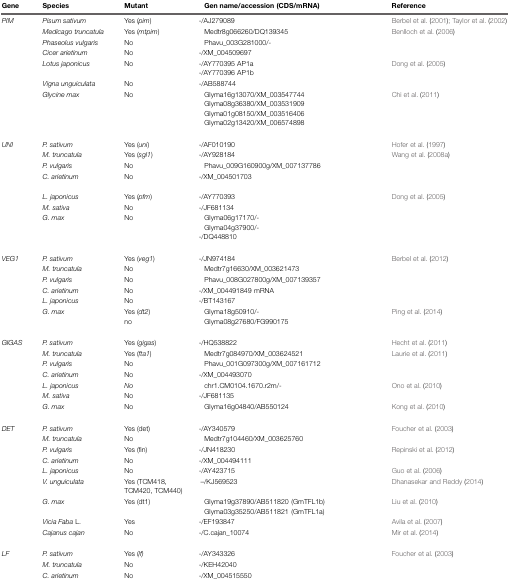
<table><thead><tr><td><b>Gene</b></td><td><b>Species</b></td><td><b>Mutant</b></td><td><b>Gen name/accession (CDS/mRNA)</b></td><td><b>Reference</b></td></tr></thead><tbody><tr><td><i>PIM</i></td><td><i>Pisum sativum</i></td><td>Yes (<i>pim</i>)</td><td>-/AJ279089</td><td>Berbel et al. (2001); Taylor et al. (2002)</td></tr><tr><td></td><td><i>Medicago truncatula</i></td><td>Yes (<i>mtpim</i>)</td><td>Medtr8g066260/DQ139345</td><td>Benlloch et al. (2006)</td></tr><tr><td></td><td><i>Phaseolus vulgaris</i></td><td>No</td><td>Phavu_003G281000/-</td><td></td></tr><tr><td></td><td><i>Cicer arietinum</i></td><td>No</td><td>-/XM_004509697</td><td></td></tr><tr><td></td><td><i>Lotus japonicus</i></td><td>No</td><td>-/AY770395 AP1a-/AY770396 AP1b</td><td>Dong et al. (2005)</td></tr><tr><td></td><td><i>Vigna unguiculata</i></td><td>No</td><td>-/AB588744</td><td></td></tr><tr><td></td><td><i>Glycine max</i></td><td>No</td><td>Glyma16g13070/XM_003547744Glyma08g36380/XM_003531909Glyma01g08150/XM_003516406Glyma02g13420/XM_006574898</td><td>Chi et al. (2011)</td></tr><tr><td><i>UNI</i></td><td><i>P. sativum</i></td><td>Yes (<i>uni</i>)</td><td>-/AF010190</td><td>Hofer et al. (1997)</td></tr><tr><td></td><td><i>M. truncatula</i></td><td>Yes (<i>sgl1</i>)</td><td>-/AY928184</td><td>Wang et al. (2008a)</td></tr><tr><td></td><td><i>P. vulgaris</i></td><td>No</td><td>Phavu_009G160900g/XM_007137786</td><td></td></tr><tr><td></td><td><i>C. arietinum</i></td><td>No</td><td>-/XM_004501703</td><td></td></tr><tr><td></td><td><i>L. japonicus</i></td><td>Yes (<i>pfm</i>)</td><td>-/AY770393</td><td>Dong et al. (2005)</td></tr><tr><td></td><td><i>M. sativa</i></td><td>No</td><td>-/JF681134</td><td></td></tr><tr><td></td><td><i>G. max</i></td><td>No</td><td>Glyma06g17170/-Glyma04g37900/--/DQ448810</td><td></td></tr><tr><td><i>VEG1</i></td><td><i>P. sativum</i></td><td>Yes (<i>veg1</i>)</td><td>-/JN974184</td><td>Berbel et al. (2012)</td></tr><tr><td></td><td><i>M. truncatula</i></td><td>No</td><td>Medtr7g16630/XM_003621473</td><td></td></tr><tr><td></td><td><i>P. vulgaris</i></td><td>No</td><td>Phavu_008G027800g/XM_007139357</td><td></td></tr><tr><td></td><td><i>C. arietinum</i></td><td>No</td><td>-/XM_004491849 mRNA</td><td></td></tr><tr><td></td><td><i>L. japonicus</i></td><td>No</td><td>-/BT143167</td><td></td></tr><tr><td></td><td><i>G. max</i></td><td>Yes (<i>dt2</i>)no</td><td>Glyma18g50910/-Glyma08g27680/FG990175</td><td>Ping et al. (2014)</td></tr><tr><td><i>GIGAS</i></td><td><i>P. sativum</i></td><td>Yes (<i>gigas</i>)</td><td>-/HQ538822</td><td>Hecht et al. (2011)</td></tr><tr><td></td><td><i>M. truncatula</i></td><td>Yes (<i>fta1</i>)</td><td>Medtr7g084970/XM_003624521</td><td>Laurie et al. (2011)</td></tr><tr><td></td><td><i>P. vulgaris</i></td><td>No</td><td>Phavu_001G097300g/XM_007161712</td><td></td></tr><tr><td></td><td><i>C. arietinum</i></td><td>No</td><td>-/XM_004493070</td><td></td></tr><tr><td></td><td><i>L. japonicus</i></td><td><i>No</i></td><td>chr1.CM0104.1670.r2m/-</td><td>Ono et al. (2010)</td></tr><tr><td></td><td><i>M. sativa</i></td><td>No</td><td>-/JF681135</td><td></td></tr><tr><td></td><td><i>G. max</i></td><td>No</td><td>Glyma16g04840/AB550124</td><td>Kong et al. (2010)</td></tr><tr><td><i>DET</i></td><td><i>P. sativum</i></td><td>Yes (det)</td><td>-/AY340579</td><td>Foucher et al. (2003)</td></tr><tr><td></td><td><i>M. truncatula</i></td><td>No</td><td>Medtr7g104460/XM_003625760</td><td></td></tr><tr><td></td><td><i>P. vulgaris</i></td><td>Yes (fin)</td><td>-/JN418230</td><td>Repinski et al. (2012)</td></tr><tr><td></td><td><i>C. arietinum</i></td><td>No</td><td>-/XM_004494111</td><td></td></tr><tr><td></td><td><i>L. japonicus</i></td><td>No</td><td>-/AY423715</td><td>Guo et al. (2006)</td></tr><tr><td></td><td><i>V. unguiculata</i></td><td>Yes (TCM418, TCM420, TCM440)</td><td>–/KJ569523</td><td>Dhanasekar and Reddy (2014)</td></tr><tr><td></td><td><i>G. max</i></td><td>Yes (dt1)</td><td>Glyma19g37890/AB511820 (GmTFL1b)Glyma03g35250/AB511821 (GmTFL1a)</td><td>Liu et al. (2010)</td></tr><tr><td></td><td><i>Vicia Faba</i> L.</td><td>Yes</td><td>-/EF193847</td><td>Avila et al. (2007)</td></tr><tr><td></td><td><i>Cajanus cajan</i></td><td>No</td><td>-/C.cajan_10074</td><td>Mir et al. (2014)</td></tr><tr><td><i>LF</i></td><td><i>P. sativum</i></td><td>Yes (<i>lf)</i></td><td>-/AY343326</td><td>Foucher et al. (2003)</td></tr><tr><td></td><td><i>M. truncatula</i></td><td>No</td><td>-/KEH42040</td><td></td></tr><tr><td></td><td><i>C. arietinum</i></td><td>No</td><td>-/XM_004515550</td><td></td></tr></tbody></table>